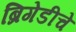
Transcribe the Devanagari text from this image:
ब्रिगेडीचे